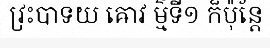
វ្រះបាទយ ឝោវ ម៌្មទី១ ក៏ប៉ុន្តែ